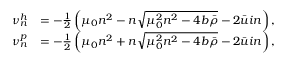
\begin{array} { r l } { \nu _ { n } ^ { h } } & { = - \frac { 1 } { 2 } \left( \mu _ { 0 } n ^ { 2 } - n \sqrt { \mu _ { 0 } ^ { 2 } n ^ { 2 } - 4 b \bar { \rho } } - 2 \bar { u } i n \right) , } \\ { \nu _ { n } ^ { p } } & { = - \frac { 1 } { 2 } \left( \mu _ { 0 } n ^ { 2 } + n \sqrt { \mu _ { 0 } ^ { 2 } n ^ { 2 } - 4 b \bar { \rho } } - 2 \bar { u } i n \right) , } \end{array}